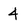
Character: 4